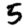
Digit: 5